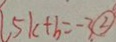
5 k + b = - 3 \textcircled { 2 }